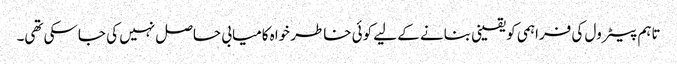
تاہم پیٹرول کی فراہمی کو یقینی بنانے کے لیے کوئی خاطر خواہ کامیابی حاصل نہیں کی جاسکی تھی۔